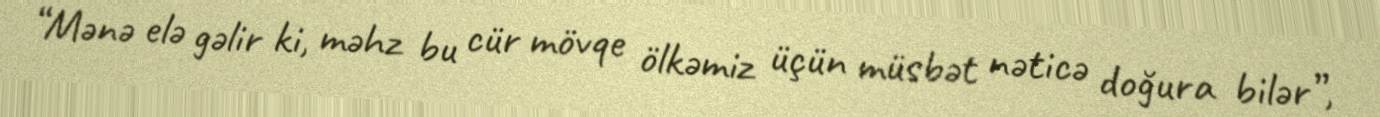
“Mənə elə gəlir ki, məhz bu cür mövqe ölkəmiz üçün müsbət nəticə doğura bilər”,